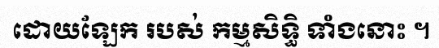
ដោយឡែក របស់ កម្មសិទ្ធិ ទាំងនោះ ។